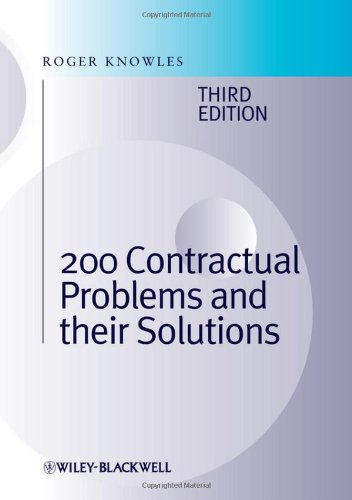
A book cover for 200 Contractual Problems and their Solutions; J. Roger Knowles; Law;